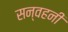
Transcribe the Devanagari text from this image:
सन्वहनी